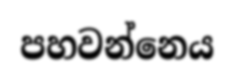
පහවන්නෙය